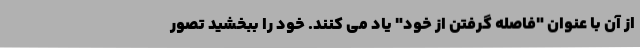
از آن با عنوان "فاصله گرفتن از خود" یاد می کنند. خود را ببخشید تصور